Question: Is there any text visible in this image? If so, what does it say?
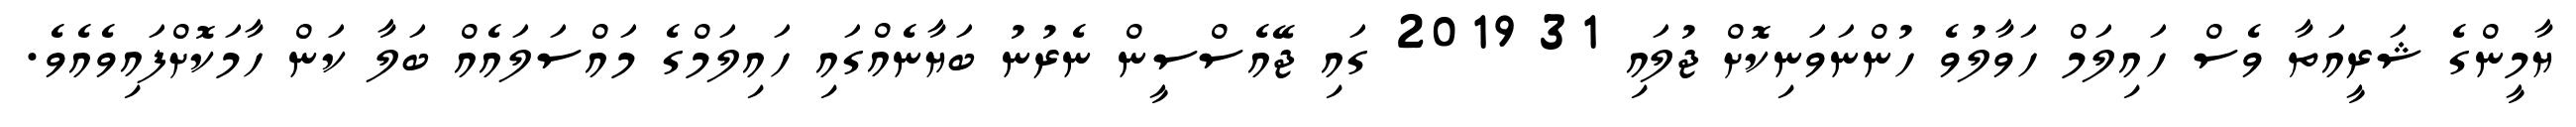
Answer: ޔާމީންގެ ޝަރީއަތާ ވެސް ހައިލަމް ހަވާލުވެ ހުންނަވަނިކޮށް ޖުލައި 31 2019 ގައި ޖޭއެސްސީން ނެރުނު ބަޔާނެއްގައި ހައިލަމްގެ މައްސަލައެއް ބަލާ ކަން ހާމަކޮށްފައިވެއެވެ.